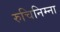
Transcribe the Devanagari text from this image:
रुचिनिम्ना